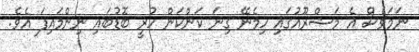
ނަމަވެސް އެ މަޝްރޫއުގައި ހިމެނޭ ގިނަ ކަންކަން ހުރީ ބޮޑުބައި ނިންމައިފަ އެވެ.